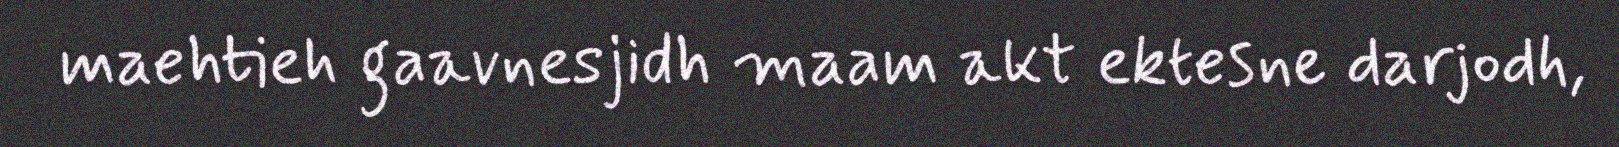
maehtieh gaavnesjidh maam akt ektesne darjodh,